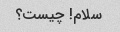
سلام! چیست؟